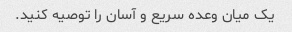
یک میان وعده سریع و آسان را توصیه کنید.